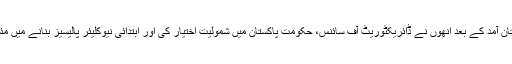
1954 میں پاکستان آمد کے بعد انھوں نے ڈائریکٹوریٹ آف سائنس، حکومتِ پاکستان میں شمولیت اختیار کی اور ابتدائی نیوکلیئر پالیسیز بنانے میں مئوثر کردار ادا کیا۔